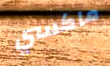
ماكسي